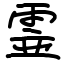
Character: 霊